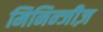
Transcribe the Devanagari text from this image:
मिनिन्जीज़